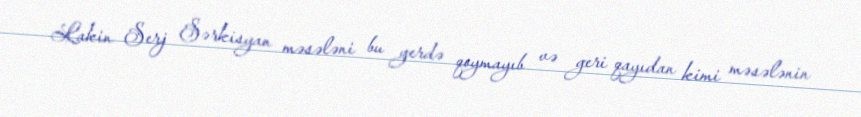
Lakin Serj Sərkisyan məsələni bu yerdə qoymayıb və geri qayıdan kimi məsələnin